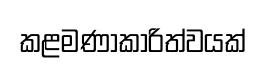
කළමණාකාරිත්වයක්